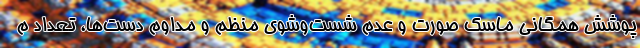
پوشش همگانی ماسک صورت و عدم شست‌وشوی منظم و مداوم دست‌ها، تعداد م